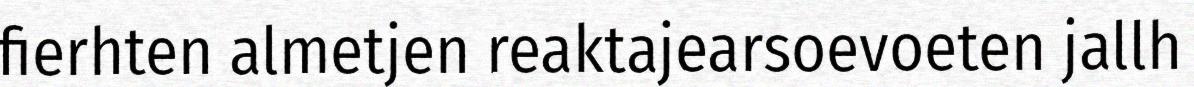
fierhten almetjen reaktajearsoevoeten jallh